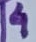
Text: 4